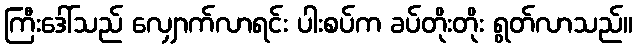
ကြီးဒေါ်သည် လျှောက်လာရင်း ပါးစပ်က ခပ်တိုးတိုး ရွတ်လာသည်။